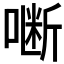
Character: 𭊜